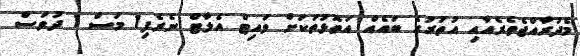
މެދުރާއްޖެތެރެއާއި އުތުރުގެ ބައެއް އަތޮޅުތަކަށް ވައިޓް އެލާޓް ނެރެފި1 މަސް 1 ދުވަސް